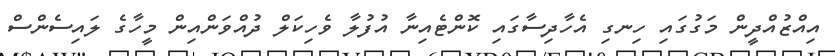
އިއްޒުއްދީން މަގުގައި ހިނގި އެހާދިސާގައި ކޮންޓެއިނާ އުފުލާ ވެހިކަލް ދުއްވަންއިން މީހާގެ ލައިސެންސް